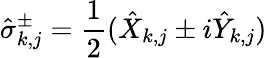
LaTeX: \hat{\sigma}_{k,j}^{\pm}=\frac{1}{2}(\hat{X}_{k,j}\pm i\hat{Y}_{k,j})